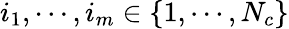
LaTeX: i_{1},\cdots,i_{m}\in\left\{ 1,\cdots,N_{c}\right\}